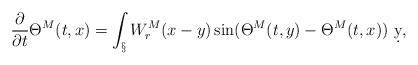
\begin{align*} \frac{\partial}{\partial t}\Theta^M(t,x) = \int_\S W_r^M(x-y) \sin(\Theta^M(t,y)-\Theta^M(t,x))\ \d y,\end{align*}